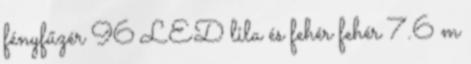
fényfűzér 96 LED lila és fehér fehér 7.6 m